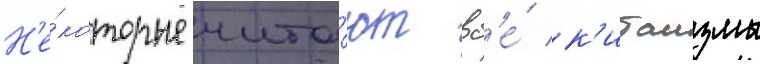
Н'е́которые чита́ют вс'е́ к'итаизмы